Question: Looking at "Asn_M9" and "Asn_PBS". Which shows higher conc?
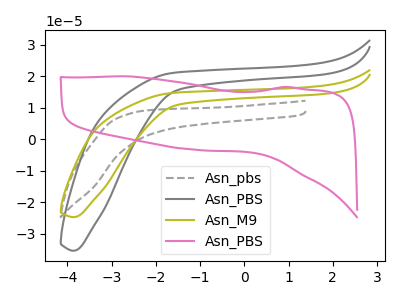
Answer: <think>The gray dashed curve "Asn_pbs" has no peaks. The gray curve "Asn_PBS" has no peaks. The olive curve "Asn_M9" has no peaks. The pink curve "Asn_PBS" has no peaks.
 Neither "Asn_M9" or "Asn_PBS" have any peaks.</think>
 <answer>I cant tell if "Asn_M9" or "Asn_PBS" has higher concentration.</answer>
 <eval>mixed_concentration</eval>